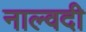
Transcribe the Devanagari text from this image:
नाल्वदी